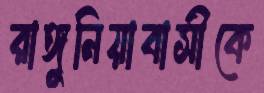
রাঙ্গুনিয়াবাসীকে